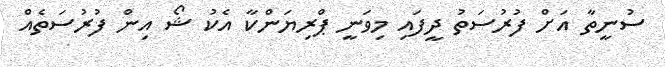
ސުނީތާ އަށް ފުރުސަތު ދީފައި މިވަނީ ޕްރިޔަންކާ އެކު ޝޯ އިން ފުރުސަތެއް